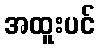
အထူးပင်